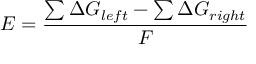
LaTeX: E = { \frac { \sum \Delta G _ { l e f t } - \sum \Delta G _ { r i g h t } } { F } }